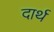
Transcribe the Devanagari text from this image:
दार्थ